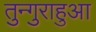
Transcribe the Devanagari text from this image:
तुन्गुराहुआ